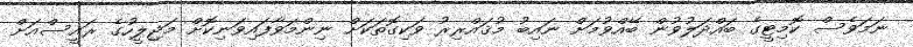
ނަމަވެސް ކޮމިޓީގެ ބައްދަލުވުން ބޭއްވުމަށް ނައިބު މުޤައްރިރު ވަކިގޮތަކަށް ނިންމަވާފައިވަނިކޮށް މަޖިލީހުގެ ރައީސްއަށް